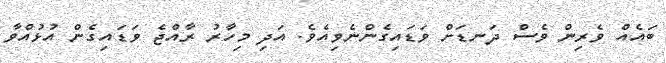
ބައެއް ވެރިން ވެސް ދަނޑަށް ވަޑައިގެންނެވިއެވެ. އަދި މިހާރު ރާއްޖެ ވަޑައިގެން އުޅުއްވާ